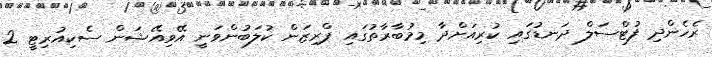
ރެހެންދި ފުޓްސަލް ދަނޑުގައި ކުރިއަށްދާ މިމުބާރާތުގައި ޕްރިޒަން ކުލަބުންވަނީ އޭވިއޭޝަން ސެކިއުރިޓީ 2